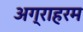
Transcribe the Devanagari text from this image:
अग्राहरम